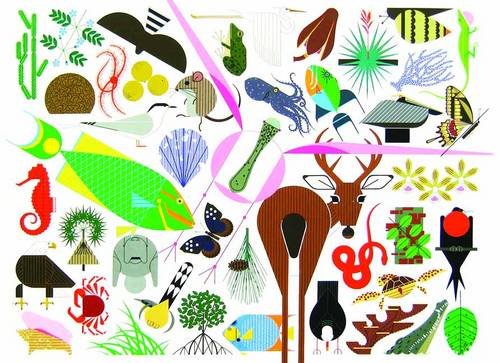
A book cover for Charley Harper's Animal Kingdom: popular edition; Arts & Photography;